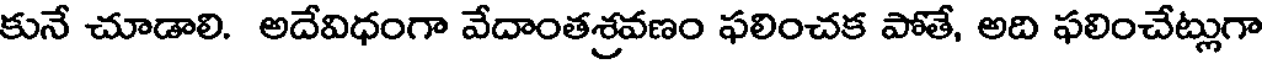
కునే చూడాలి. అదేవిధంగా వేదాంతశ్రవణం ఫలించక పోతే, అది ఫలించేట్లుగా